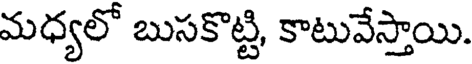
మధ్యలో బుసకొట్టి, కాటువేస్తాయి.